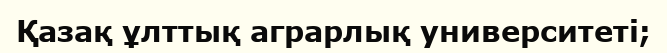
Қазақ ұлттық аграрлық университеті;